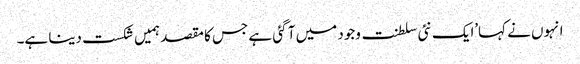
انہوں نے کہا’ایک نئی سلطنت وجود میں آ گئی ہے جس کا مقصد ہمیں شکست دینا ہے۔